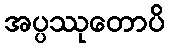
အပ္ပဿုတောပိ